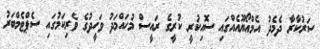
ސަރުކާރާ ދެމެދު އެމްއޯޔޫއެއްގައި ސޮއިކުރީ ކުރީގެ ރައީސް މުހައްމަދު ވަހީދުގެ ވެރިކަމުގައި ސެޕްޓެމްބަރު